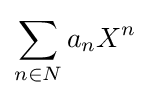
\sum _{n\in N}a_{n}X^{n}